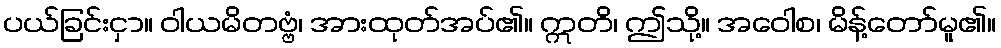
ပယ်ခြင်းငှာ။ ဝါယမိတဗ္ဗံ၊ အားထုတ်အပ်၏။ ဣတိ၊ ဤသို့။ အဝေါစ၊ မိန့်တော်မူ၏။